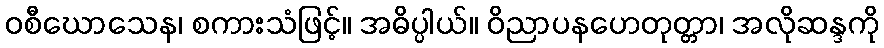
ဝစီဃောသေန၊ စကားသံဖြင့်။ အဓိပ္ပါယ်။ ဝိညာပနဟေတုတ္တာ၊ အလိုဆန္ဒကို